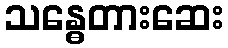
သန္ဓေတားဆေး